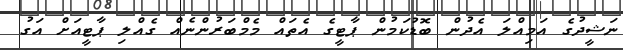
ނަޝީދުގެ އަމިއްލަ އެދުން ބޮޑުކަމުން ޕާޓީގެ އެތައް މެމްބަރުންނެއް ގެއްލި ޕާޓީއަށް އަގު